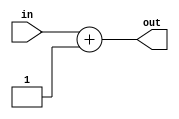
module Incrementer_32bit(in, out);

input  [31:0] in;
output [31:0] out;

assign out = in + 1;

endmodule